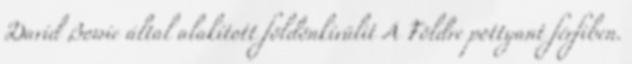
David Bowie által alakított földönkívülit A Földre pottyant férfiben.